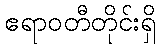
ဧရာဝတီတိုင်းရှိ